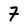
Character: 7